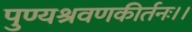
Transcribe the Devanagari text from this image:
पुण्यश्रवणकीर्तनः।।